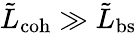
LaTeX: \tilde{L}_{\mathrm{coh}}\gg\tilde{L}_{\mathrm{bs}}